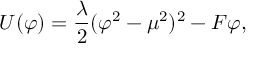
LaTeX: U ( \varphi ) = { \frac { \lambda } { 2 } } ( \varphi ^ { 2 } - \mu ^ { 2 } ) ^ { 2 } - F \varphi ,